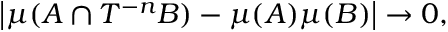
\left| \mu ( A \cap T ^ { - n } B ) - \mu ( A ) \mu ( B ) \right| \to 0 ,